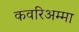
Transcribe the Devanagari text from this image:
कवरिअम्मा